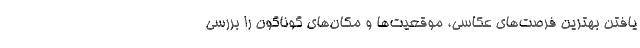
یافتن بهترین فرصت‌های عکاسی، موقعیت‌ها و مکان‌های گوناگون را بررسی